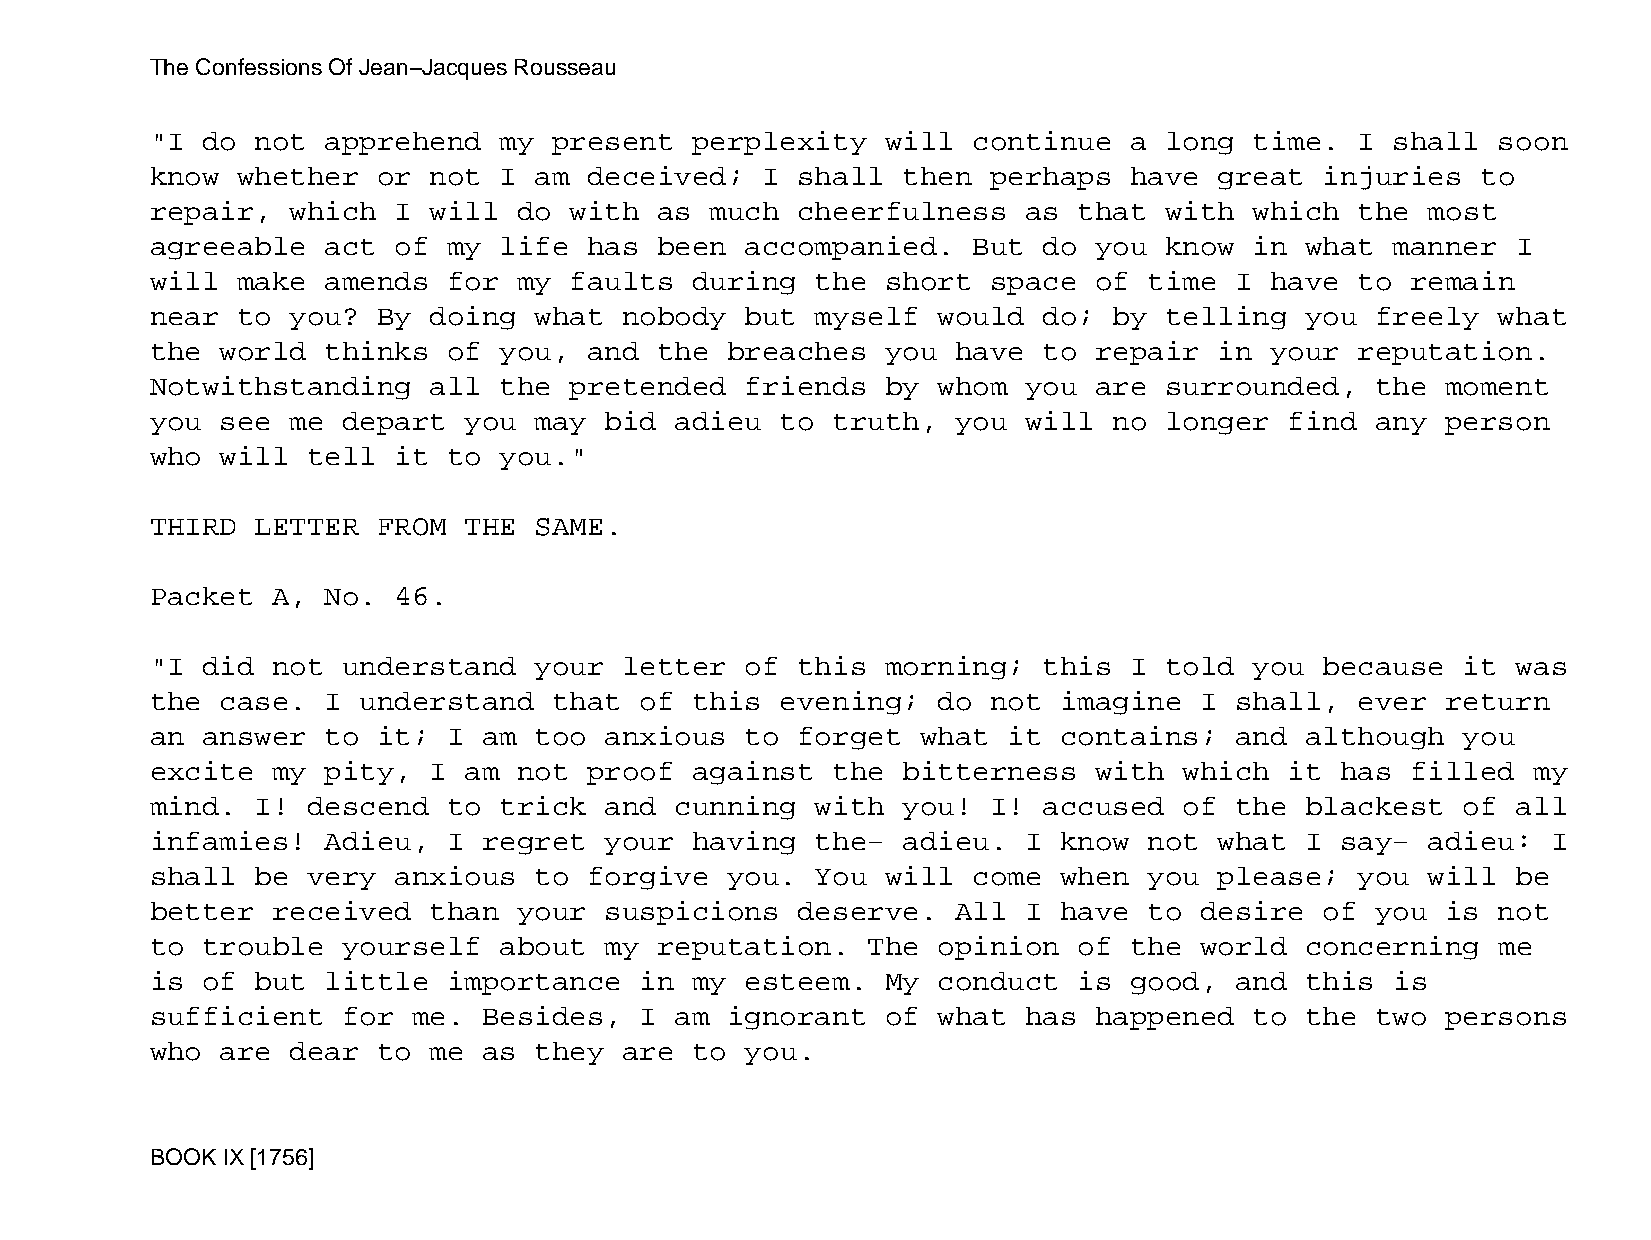
The Confessions Of Jean−Jacques Rousseau
 "I do  not  apprehend  my  present  perplexity   will continue   a long  time.  I shall  soon
 know  whether  or not  I am  deceived;  I  shall  then  perhaps  have  great  injuries  to
 repair,  which  I will  do  with  as much  cheerfulness   as that  with  which  the  most
 agreeable   act of  my life  has  been accompanied.   But  do you  know  in what  manner  I
 will  make  amends  for my  faults  during  the  short  space of  time  I have  to remain
 near  to you?  By doing  what  nobody  but  myself  would  do;  by telling  you  freely  what
 the  world  thinks  of you,  and  the breaches   you have  to repair   in your  reputation.
 Notwithstanding   all  the  pretended  friends   by whom  you are  surrounded,   the  moment
 you  see me  depart  you may  bid  adieu  to truth,  you  will  no longer  find  any  person
 who  will tell  it  to you."
 THIRD  LETTER  FROM  THE SAME.
 Packet  A,  No. 46.
 "I did  not  understand  your  letter  of  this  morning;  this  I told  you  because  it was
 the  case.  I understand   that of  this  evening;  do  not imagine  I  shall,  ever  return
 an answer   to it;  I am too  anxious  to  forget  what  it contains;   and although   you
 excite  my  pity, I  am not  proof  against  the  bitterness  with  which  it  has filled  my
 mind.  I! descend   to trick  and  cunning  with  you!  I! accused  of  the blackest   of all
 infamies!   Adieu,  I regret  your  having  the−  adieu.  I know  not  what I  say−  adieu:  I
 shall  be very  anxious  to  forgive  you.  You  will come  when  you  please;  you  will be
 better  received  than  your  suspicions   deserve.  All  I have  to desire   of you  is not
 to trouble   yourself  about  my  reputation.  The  opinion  of  the world  concerning   me
 is of  but  little  importance  in  my esteem.   My conduct  is  good,  and this  is
 sufficient   for me.  Besides,  I  am ignorant   of what  has happened   to the  two  persons
 who  are dear  to me  as they  are  to you.
 BOOK IX [1756]